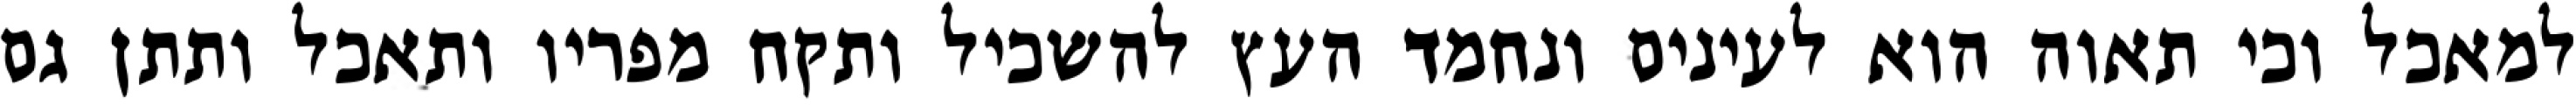
למאכל וכי תאוה הוא לעינים ונחמד העץ להשכיל ותקח מפריו ותאכל ותתן גם